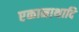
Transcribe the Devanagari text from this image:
एकानाथादि